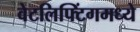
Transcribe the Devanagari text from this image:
वेटलिफ्टिंगमध्ये